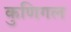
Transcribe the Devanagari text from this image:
कुणिगल